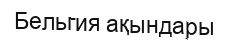
Бельгия ақындары